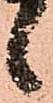
候